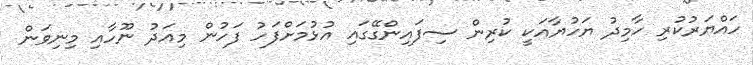
ހައްޔަރުކުރި ހާމިދު ޔަހުޔާއަކީ ކުރިން ސިފައިންގޭގައި އުޅުމަށްފަހު ފަހުން މިއަދު ނޫހާއި މިނިވަން